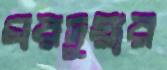
ঘরদুয়ার